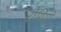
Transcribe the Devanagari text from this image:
रोगियों